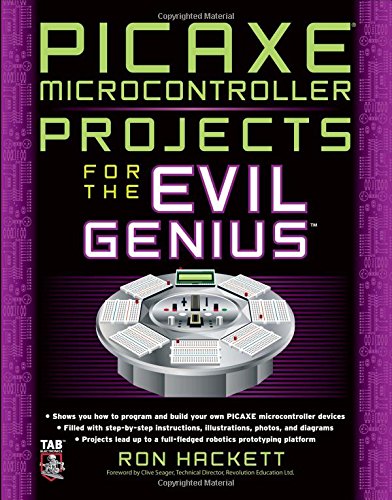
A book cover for PICAXE Microcontroller Projects for the Evil Genius; Ron Hackett; Computers & Technology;